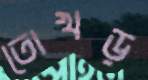
তোখড়